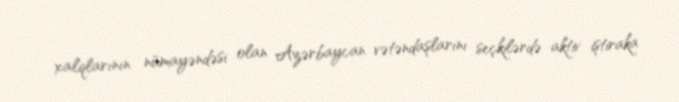
xalqlarının nümayəndəsi olan Azərbaycan vətəndaşlarını seçkilərdə aktiv iştiraka